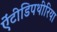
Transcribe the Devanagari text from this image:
ऐंटीडिपथीरिया